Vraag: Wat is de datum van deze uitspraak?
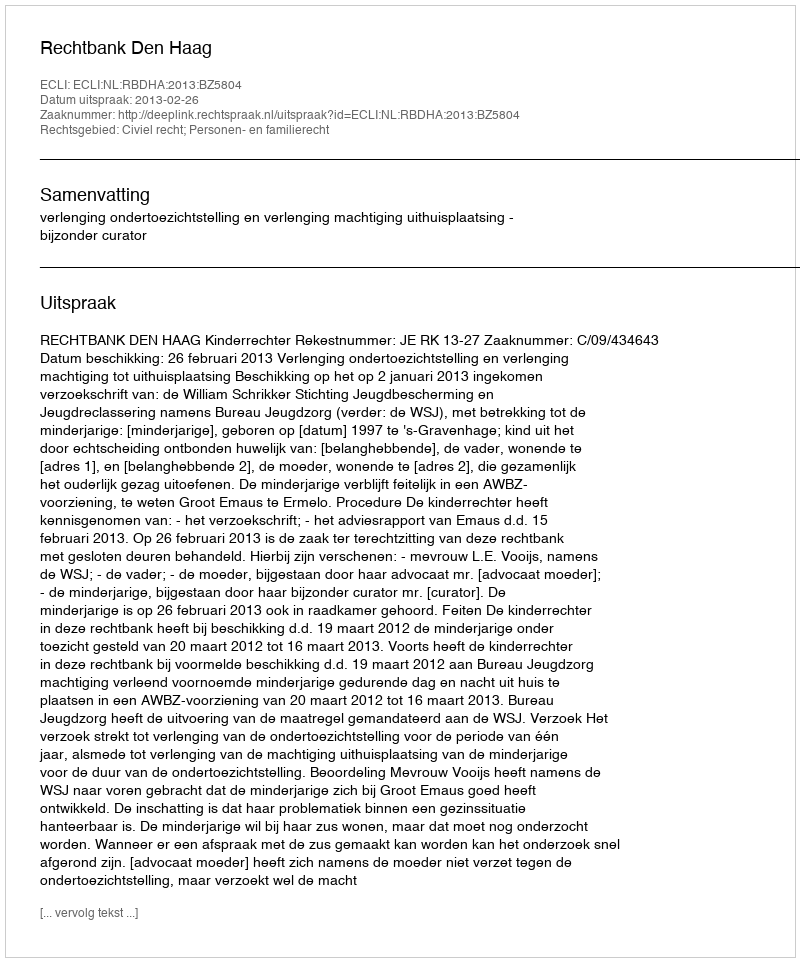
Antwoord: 2013-02-26